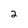
Character: 2